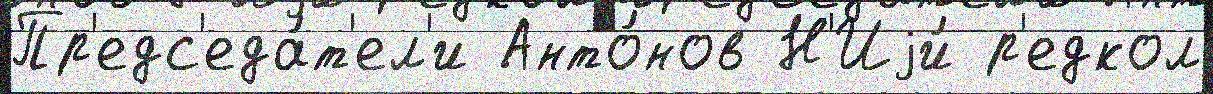
Пр'едс'еда́т'ел'и Анто́нов Н'Иjи́ р'едкол